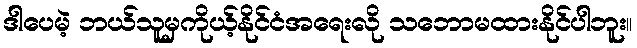
ဒါပေမဲ့ ဘယ်သူမှကိုယ့်နိုင်ငံအရေးလို သဘောမထားနိုင်ပါဘူး။